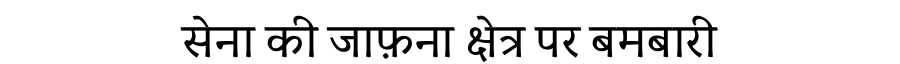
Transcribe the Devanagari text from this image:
सेना की जाफ़ना क्षेत्र पर बमबारी